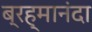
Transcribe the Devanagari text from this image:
ब्रह्मानंदा